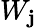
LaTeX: W_{\mathbf{j}}